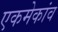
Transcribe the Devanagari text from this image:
एकमेकांव